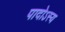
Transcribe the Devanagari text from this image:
पादोऽस्य